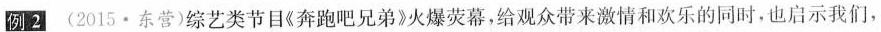
例2 (2015·东营) 综艺类节目《奔跑吧兄弟》火爆荧幕，给观众带来激情和欢乐的同时，也启示我们，